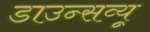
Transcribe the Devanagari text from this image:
डाउन्सव्यू